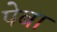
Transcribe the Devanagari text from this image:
पेबा